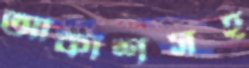
আকাশসহ